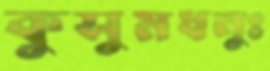
কুসুমধনুঃ